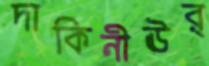
দাকিনীঊর্